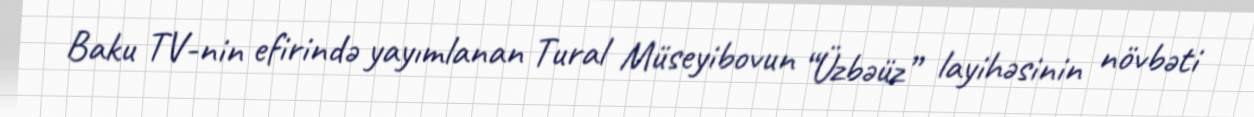
Baku TV-nin efirində yayımlanan Tural Müseyibovun “Üzbəüz” layihəsinin növbəti